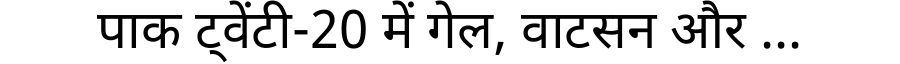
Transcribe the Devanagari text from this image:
पाक ट्वेंटी-20 में गेल, वाटसन और ...